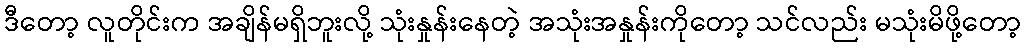
ဒီတော့ လူတိုင်းက အချိန်မရှိဘူးလို့ သုံးနှုန်းနေတဲ့ အသုံးအနှုန်းကိုတော့ သင်လည်း မသုံးမိဖို့တော့